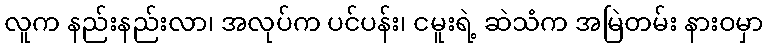
လူက နည်းနည်းလာ၊ အလုပ်က ပင်ပန်း၊ ငမူးရဲ့ ဆဲသံက အမြဲတမ်း နားဝမှာ